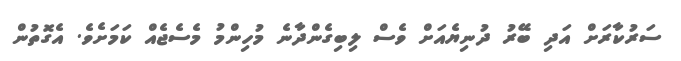
ސަރުކާރަށް އަދި ބޭރު ދުނިޔެއަށް ވެސް ލިބިގެންދާނެ މުހިންމު މެސެޖެއް ކަމަށެވެ. އެގޮތުން